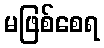
မဖြစ်စေရ